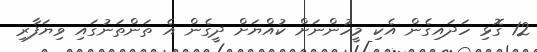
12 ގޮޅި ހަދައިގެން އެކި މީހުންނަށް ކުއްޔަށް ދީގެން އެ ތަންތަނުގައި ވިޔަފާރި